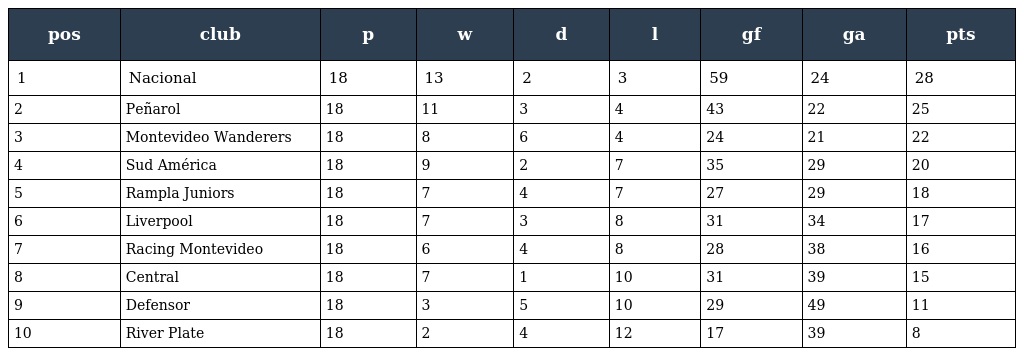
| pos | club | p | w | d | l | gf | ga | pts |
 | --- | --- | --- | --- | --- | --- | --- | --- | --- |
 | 1 | Nacional | 18 | 13 | 2 | 3 | 59 | 24 | 28 |
 | 2 | Peñarol | 18 | 11 | 3 | 4 | 43 | 22 | 25 |
 | 3 | Montevideo Wanderers | 18 | 8 | 6 | 4 | 24 | 21 | 22 |
 | 4 | Sud América | 18 | 9 | 2 | 7 | 35 | 29 | 20 |
 | 5 | Rampla Juniors | 18 | 7 | 4 | 7 | 27 | 29 | 18 |
 | 6 | Liverpool | 18 | 7 | 3 | 8 | 31 | 34 | 17 |
 | 7 | Racing Montevideo | 18 | 6 | 4 | 8 | 28 | 38 | 16 |
 | 8 | Central | 18 | 7 | 1 | 10 | 31 | 39 | 15 |
 | 9 | Defensor | 18 | 3 | 5 | 10 | 29 | 49 | 11 |
 | 10 | River Plate | 18 | 2 | 4 | 12 | 17 | 39 | 8 |